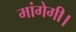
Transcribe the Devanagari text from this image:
मांगेगी।